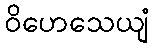
ဝိဟေသေယျံ